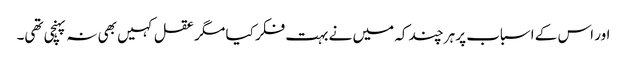
اور اس کے اسباب پر ہر چند کہ میں نے بہت فکر کیا مگر عقل کہیں بھی نہ پہنچی تھی۔